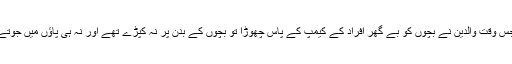
جس وقت والدین نے بچوں کو بے گھر افراد کے کیمپ کے پاس چھوڑا تو بچوں کے بدن پر نہ کپڑے تھے اور نہ ہی پاؤں میں جوتے۔